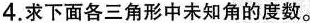
4.求下面各三角形中未知角的度数。